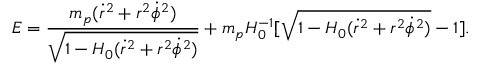
E = \frac { m _ { p } ( \dot { r } ^ { 2 } + r ^ { 2 } \dot { \phi } ^ { 2 } ) } { \sqrt { 1 - H _ { 0 } ( \dot { r } ^ { 2 } + r ^ { 2 } \dot { \phi } ^ { 2 } ) } } + m _ { p } H _ { 0 } ^ { - 1 } [ \sqrt { 1 - H _ { 0 } ( \dot { r } ^ { 2 } + r ^ { 2 } \dot { \phi } ^ { 2 } ) } - 1 ] .